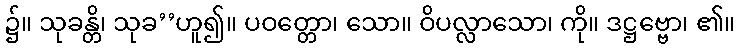
၌။ သုခန္တိ၊ သုခ’’ဟူ၍။ ပဝတ္တော၊ သော။ ဝိပလ္လာသော၊ ကို။ ဒဋ္ဌဗ္ဗော၊ ၏။